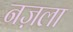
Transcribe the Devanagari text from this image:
नज़ला